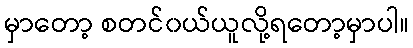
မှာတော့ စတင်၀ယ်ယူလို့ရတော့မှာပါ။